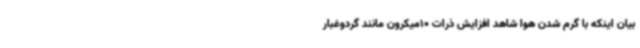
بیان اینکه با گرم شدن هوا شاهد افزایش ذرات 10میکرون مانند گردوغبار